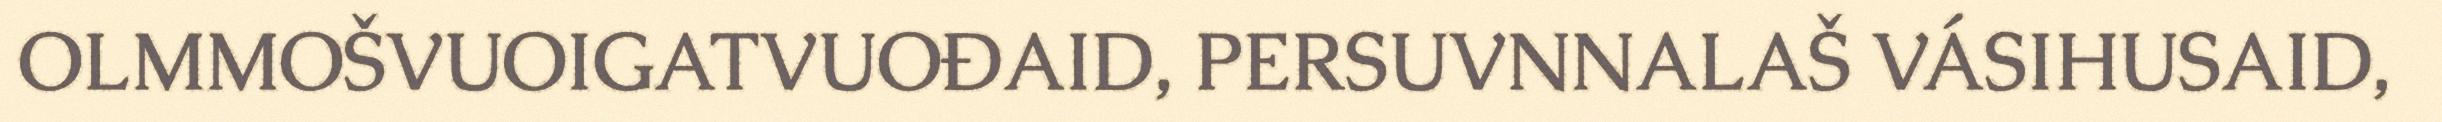
OLMMOŠVUOIGATVUOĐAID, PERSUVNNALAŠ VÁSIHUSAID,